Report on horse surra - Volume II, Part I
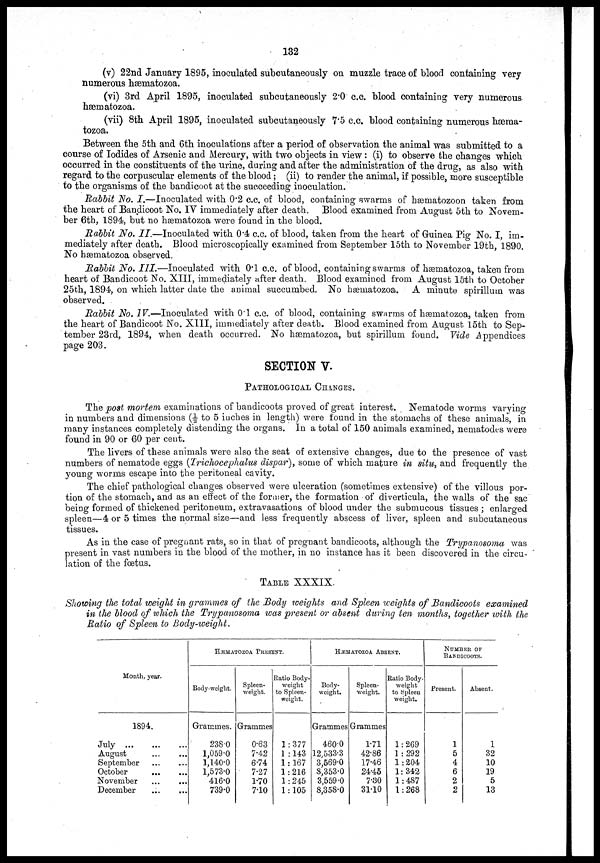
132
(v) 22nd January 1895, inoculated subcutaneously on muzzle trace of blood containing very
numerous hæmatozoa.
(vi) 3rd April 1895, inoculated subcutaneously 2.0 c.c. blood containing very numerous
hæmatozoa.
(vii) 8th April 1895, inoculated subcutaneously 7.5 c.c. blood containing numerous hæma-
tozoa.
Between the 5th and 6th inoculations after a period of observation the animal was submitted to a
course of Iodides of Arsenic and Mercury, with two objects in view: (i) to observe the changes which
occurred in the constituents of the urine, during and after the administration of the drug, as also with
regard to the corpuscular elements of the blood; (ii) to render the animal, if possible, more susceptible
to the organisms of the bandicoot at the succeeding inoculation.
Rabbit No. I.—Inoculated with 0.2 c.c. of blood, containing swarms of hæmatozoon taken from
the heart of Bandicoot No. IV immediately after death. Blood examined from August 5th to Novem-
ber 6th, 1894, but no hæmatozoa were found in the blood.
Rabbit No. II.—Inoculated
with 0.4 c.c. of blood, taken from the heart of Guinea Pig No. I, im-
mediately after death. Blood microscopically examined from September 15th to November 19th, 1890.
No hæmatozoa observed.
Rabbit No. III.—Inoculated
with 01 c.c. of blood, containing swarms of hæmatozoa, taken from
heart of Bandicoot No. XIII, immediately after death. Blood examined from August 15th to October
25th, 1894, on which latter date the animal succumbed. No hæniatozoa. A minute spirillum was
observed.
Rabbit No. IV.—Inoculated
with 0.1 c.c. of blood, containing swarms of hæmatozoa, taken from
the heart of Bandicoot No. XIII, immediately after death. Blood examined from August 15th to Sep-
tember 23rd, 1894, when death occurred. No hæniatozoa, but spirillum found. Vide Appendices
page 203.
SECTION V.
PATHOLOGICAL CHANGES.
The post mortem examinations of bandicoots proved of great interest. Nematode worms varying
in numbers and dimensions (½ to 5 inches in length) were found in the stomachs of these animals, in
many instances completely distending the organs. In a total of 150 animals examined, nematodes were
found in 90 or 60 per cent.
The livers of these animals were also the seat of extensive changes, due to the presence of vast
numbers of nematode eggs (Trichocephalus dispar), some of which mature in situ, and frequently the
young worms escape into the peritoneal cavity.
The chief pathological changes observed were ulceration (sometimes extensive) of the villous por-
tion of the stomach, and as an effect of the former, the formation of diverticula, the walls of the sac
being formed of thickened peritoneum, extravasations of blood under the submucous tissues ; enlarged
spleen—4 or 5 times the normal size—and less frequently abscess of liver, spleen and subcutaneous
tissues.
As in the case of pregnant rats, so in that of pregnant bandicoots, although the Trypanosoma was
present in vast numbers in the blood of the mother, in no instance has it been discovered in the circu-
lation of the fœtus.
TABLE XXXIX.
Showing the total weight in grammes of the Body weights and Spleen weights of Bandicoots
examined
in the blood of which the Trypanosoma was present or absent during ten months, together with the
Ratio of Spleen to Body-weight.
Month, year.
1894.
July
August
September
October
November
December
HÆMATOZOA PRESENT.
Body-weight.
Grammes.
238.0
1,059.0
1,140.0
1,573.0
416.0
739.0
Spleen.
weight.
Grammes
0.63
7.42
6.74
7.27
1.70
7.10
Ratio Body-
weight
to Spleen-
weight.
1:377
1 :143
1:167
1 :216
1:245
1:105
HÆMATOZOA ABSENT.
Body-
weight.
Grammes
460.0
12,533.3
3,569.0
8,353.0
3,559.0
8,358.0
Spleen.
weight.
Grammes
1.71
42.86
17.46
24.45
7.30
31.10
Ratio Body-
weight
to Spleen
weight.
1:269
1 :292
1:204
1:342
1:487
1:268
NUMBER OF
BANDICOOTS.
Present.
1
5
4
6
2
2
Absent.
1
32
10
19
5
13